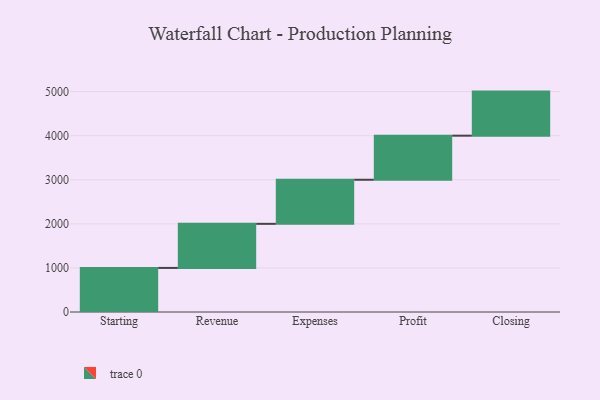
{"axis": {"x": "Step", "y": "Value"}, "legend": [""], "data": [{"x": "Starting", "y": 1000, "type": ""}, {"x": "Revenue", "y": 1000, "type": ""}, {"x": "Expenses", "y": 1000, "type": ""}, {"x": "Profit", "y": 1000, "type": ""}, {"x": "Closing", "y": 1000, "type": ""}]}